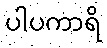
ပါပကာရိ